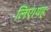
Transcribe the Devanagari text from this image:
लिए।यह